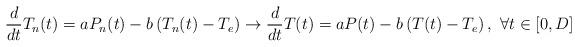
LaTeX: \begin{align*}\frac{d}{dt} T_n(t) = aP_n(t) - b\left(T_n(t) - T_e\right) \rightarrow \frac{d}{dt} T(t) = aP(t) - b\left(T(t) - T_e\right), \ \forall t \in [0,D]\end{align*}